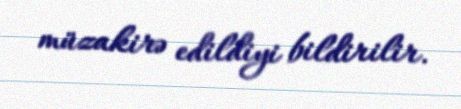
müzakirə edildiyi bildirilir.